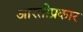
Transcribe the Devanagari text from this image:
आरतीप्रकार